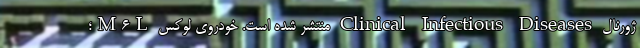
ژورنال Clinical Infectious Diseases منتشر شده است. خودروی لوکس M6L؛